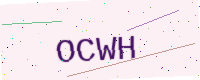
Text: OCWH